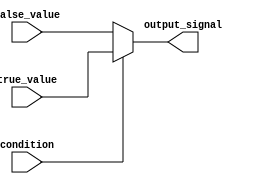
module conditional_assignment(
    input wire condition,
    input wire [7:0] true_value,
    input wire [7:0] false_value,
    output reg [7:0] output_signal
);

always @*
begin
    if (condition) begin
        output_signal <= true_value;
    end else begin
        output_signal <= false_value;
    end
end

endmodule